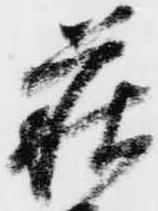
萩